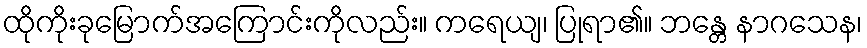
ထိုကိုးခုမြောက်အကြောင်းကိုလည်း။ ကရေယျ၊ ပြုရာ၏။ ဘန္တေ နာဂသေန၊